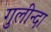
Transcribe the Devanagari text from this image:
गुलीन्दा